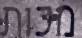
מכות